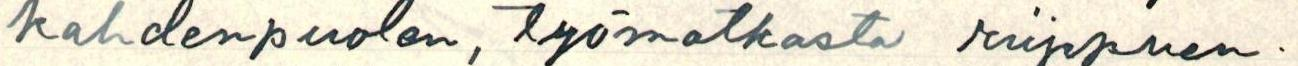
kahdenpuolen, työmatkasta riippuen.